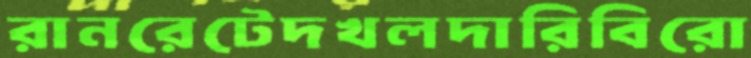
রানরেটেদখলদারিবিরো